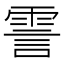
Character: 霅